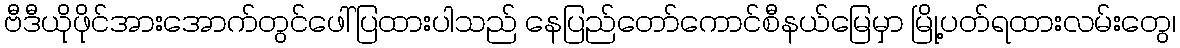
ဗီဒီယိုဖိုင်အားအောက်တွင်ဖေါ်ပြထားပါသည် နေပြည်တော်ကောင်စီနယ်မြေမှာ မြို့ပတ်ရထားလမ်းတွေ၊